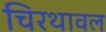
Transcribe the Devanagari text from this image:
चिरथावल